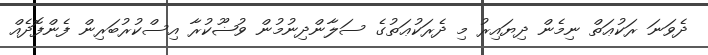
ދެވަނަ ރަކުޢަތް ނިމެން ދިޔައިރު މި ދެރަކުޢަތުގެ ސަލާންދިނުމުން ވުޟޫކުރާ އިސްކުރުބަރިން ފެންފޮދެއް